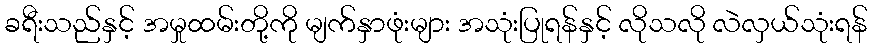
ခရီးသည်နှင့် အမှုထမ်းတို့ကို မျက်နှာဖုံးများ အသုံးပြုရန်နှင့် လိုသလို လဲလှယ်သုံးရန်